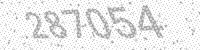
Solution: 287054